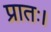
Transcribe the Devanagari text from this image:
प्रातः।